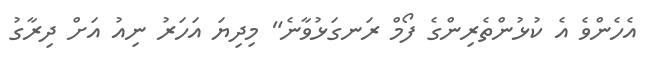
އެހެންވެ އެ ކުޅުންތެރިންގެ ފޯމް ރަނގަޅުވާނެ" މިދިޔަ އަހަރު ނިއު އަށް ދިރާގު